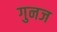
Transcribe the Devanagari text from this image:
गुनज